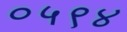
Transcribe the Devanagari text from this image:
०५९४